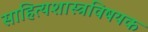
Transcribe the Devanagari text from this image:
साहित्यशास्त्रविषयक